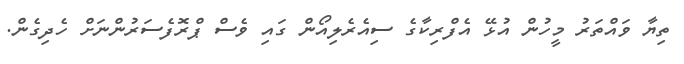
ތިޔާ ވައްތަރު މީހުން އުޅޭ އެފްރިކާގެ ސިއެރެލިއޯން ގައި ވެސް ޕްރޮފެސަރުންނަށް ހެދިގެން.